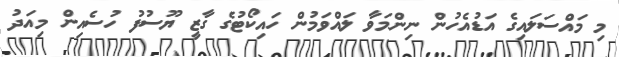
މި މައްސަލައިގެ އަޑުއެހުން ނިންމަވާ ލައްވަމުން ހައިކޯޓުގެ ގާޒީ ޔޫސުފު ހުސެއިން މިއަދު